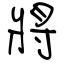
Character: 將